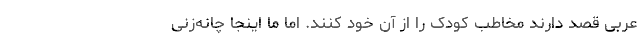
عربی قصد دارند مخاطبِ کودک را از آنِ خود کنند. اما ما اینجا چانه‌زنی